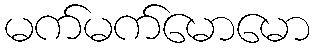
မက်မက်မောမော